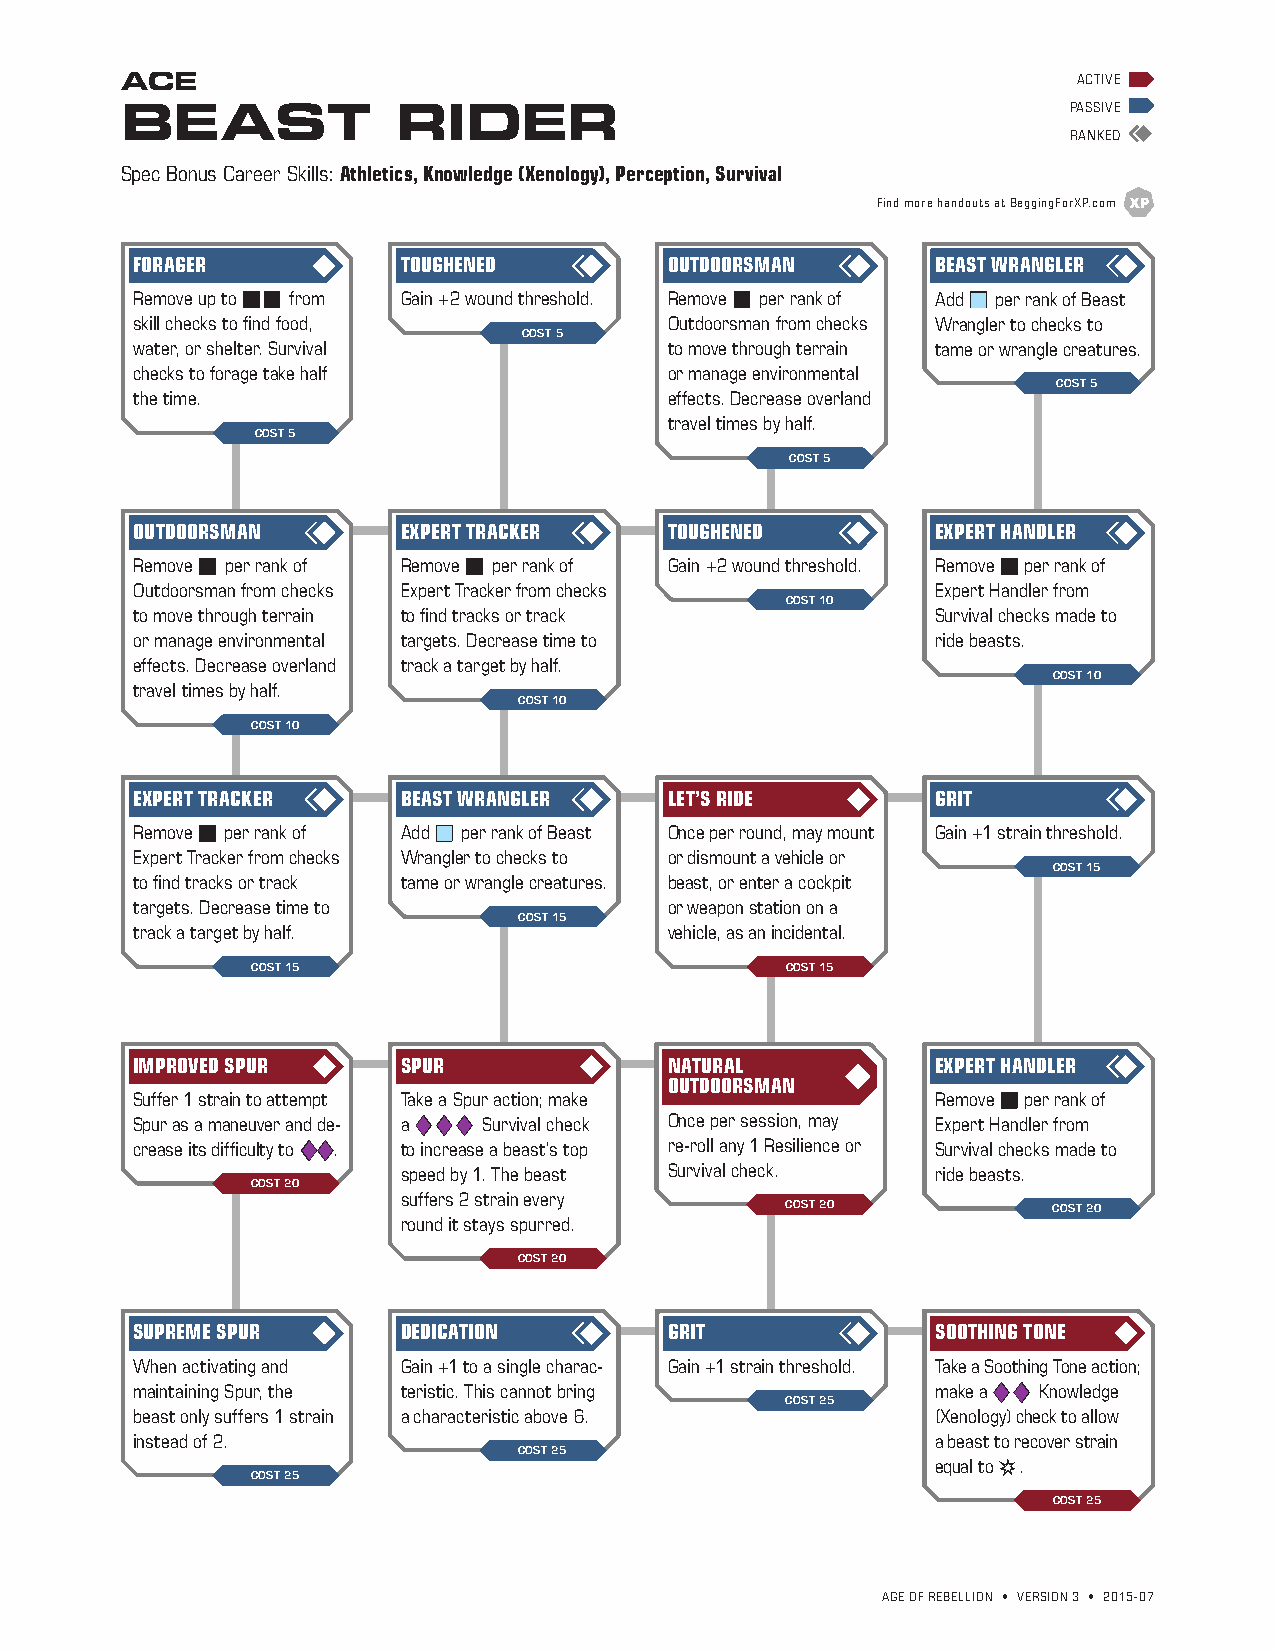
ACE                                                            ACTIVE
 BEAST             RIDER                                        PASSIVE
 RANKED
 Spec Bonus Career Skills: Athletics, Knowledge (Xenology), Perception, Survival
 Find more handouts at BeggingForXP.com
 FORAGER           TOUGHENED        OUTDOORSMAN       BEAST WRANGLER
 Remove up to bb from Gain +2 wound threshold. Remove b per rank of Add b per rank of Beast
 skill checks to find food,         Outdoorsman from checks Wrangler to checks to
 COST 5
 water, or shelter. Survival        to move through terrain tame or wrangle creatures.
 checks to forage take half         or manage environmental
 COST 5
 the time.                          effects. Decrease overland
 travel times by half.
 COST 5
 COST 5
 OUTDOORSMAN       EXPERT TRACKER   TOUGHENED         EXPERT HANDLER
 Remove b per rank of Remove b per rank of Gain +2 wound threshold. Remove b per rank of
 Outdoorsman from checks Expert Tracker from checks   Expert Handler from
 COST 10
 to move through terrain to find tracks or track      Survival checks made to
 or manage environmental targets. Decrease time to    ride beasts.
 effects. Decrease overland track a target by half.
 COST 10
 travel times by half.
 COST 10
 COST 10
 EXPERT TRACKER    BEAST WRANGLER   LET’S RIDE        GRIT
 Remove b per rank of Add b per rank of Beast Once per round, may mount Gain +1 strain threshold.
 Expert Tracker from checks Wrangler to checks to or dismount a vehicle or
 COST 15
 to find tracks or track tame or wrangle creatures. beast, or enter a cockpit
 targets. Decrease time to          or weapon station on a
 COST 15
 track a target by half.            vehicle, as an incidental.
 COST 15                            COST 15
 IMPROVED SPUR     SPUR             NATURAL           EXPERT HANDLER
 OUTDOORSMAN
 Suffer 1 strain to attempt Take a Spur action; make  Remove b per rank of
 Spur as a maneuver and de- a ddd Survival check Once per session, may Expert Handler from
 crease its difficulty to dd. to increase a beast’s top re-roll any 1 Resilience or Survival checks made to
 speed by 1. The beast Survival check. ride beasts.
 COST 20
 suffers 2 strain every
 COST 20           COST 20
 round it stays spurred.
 COST 20
 SUPREME SPUR      DEDICATION       GRIT              SOOTHING TONE
 When activating and Gain +1 to a single charac- Gain +1 strain threshold. Take a Soothing Tone action;
 maintaining Spur, the teristic. This cannot bring    make a dd Knowledge
 COST 25
 beast only suffers 1 strain a characteristic above 6. (Xenology) check to allow
 instead of 2.                                        a beast to recover strain
 COST 25
 equal to s.
 COST 25
 COST 25
 AGE OF REBELLION • VERSION 3 • 2015-07